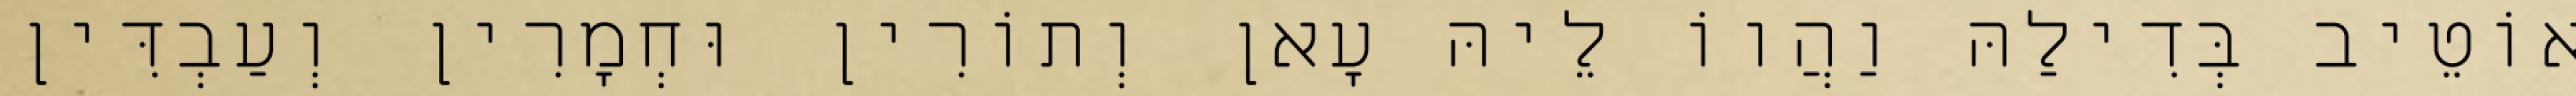
אוֹטֵיב בְּדִילַהּ וַהֲווֹ לֵיהּ עָאן וְתוֹרִין וּחְמָרִין וְעַבְדִּין